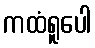
ကထံရူပေါ